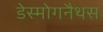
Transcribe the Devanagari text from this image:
डेस्मोगनैथस